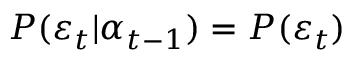
P ( \varepsilon _ { t } | \alpha _ { t - 1 } ) = P ( \varepsilon _ { t } )